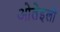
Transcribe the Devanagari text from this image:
ओतेइली